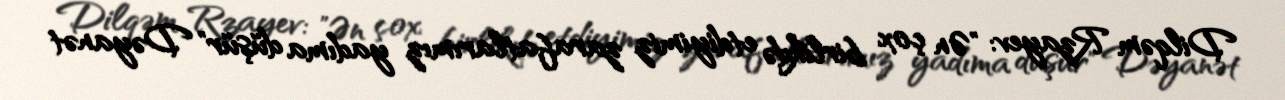
Dilqəm Rzayev: "Ən çox birlikdə etdiyimiz zarafatlarımız yadıma düşür" Dəyanət